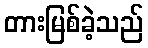
တားမြစ်ခဲ့သည်